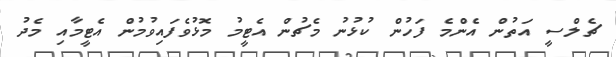
ޗެލްސީ އަތުން އެންމެ ފަހުން ކުޅުނު މެޗުން އެޓީމު މޮޅުވެފައިވުމުން އެޓީމާއި މެދު